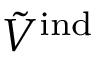
\tilde { V } ^ { \mathrm { i n d } }